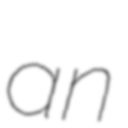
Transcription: an